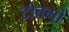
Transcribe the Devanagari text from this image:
टोबगो